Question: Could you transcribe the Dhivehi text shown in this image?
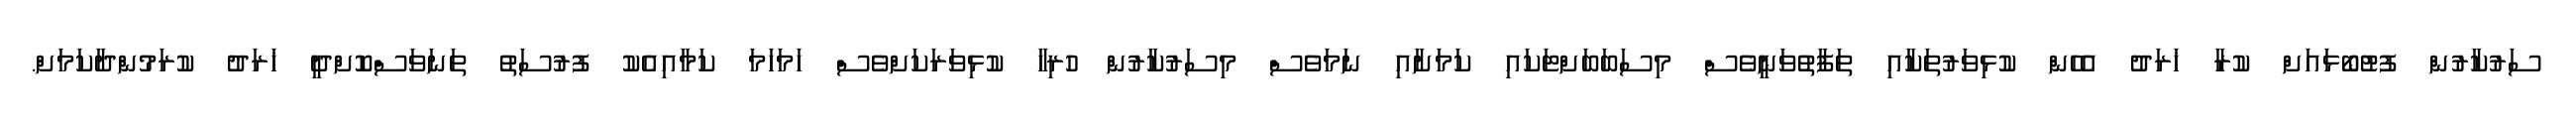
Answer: ސަރުކާރުން ފުޓުބޯޅައަށް ކުރާ ޚަރަދު އެހެން ކުޅިވަރުތަކާއި ތަފާތުވަނީވެސް މިސަބަބަށްޓަކައި ކަމަށާއި ނަމަވެސް މިސަރުކާރުން ހުރިހާ ކުޅިވަރަކަށްވެސް ހަމަހަމަ ކަމާއިއެކު ފުރުސަތު ތަނަވަސްކޮށްދީ ޚަރަދު ކުރަމުންދާކަމަށް.